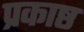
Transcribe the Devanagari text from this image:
प्रकाष्ठ